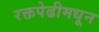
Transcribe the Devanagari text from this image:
रक्तपेढीमधून